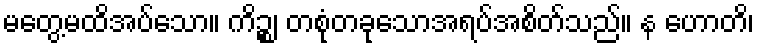
မတွေ့မထိအပ်သော။ ကိဉ္စ၊ တစုံတခုသောအရပ်အစိတ်သည်။ န ဟောတိ၊